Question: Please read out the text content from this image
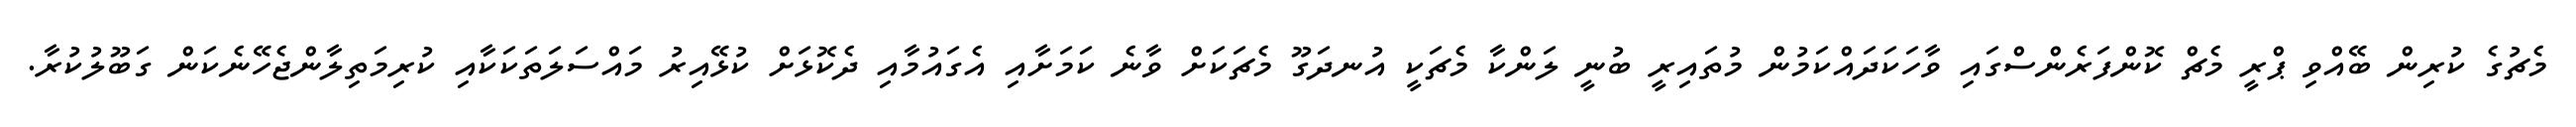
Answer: މެޗުގެ ކުރިން ބޭއްވި ޕްރީ މެޗް ކޮންފަރެންސްގައި ވާހަކަދައްކަމުން މުތައިރީ ބުނީ ލަންކާ މެޗަކީ އުނދަގޫ މެޗަކަށް ވާނެ ކަމަށާއި އެގައުމާއި ދެކޮޅަށް ކުޅޭއިރު މައްސަލަތަކަކާއި ކުރިމަތިލާންޖެހޭނެކަން ގަބޫލުކުރާ.